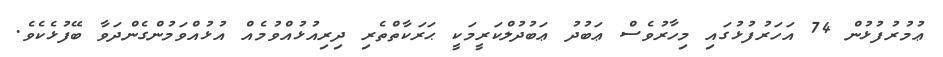
ޢުމުރުފުޅުން 74 އަހަރުފުޅުގައި މިހާރުވެސް ޢަބުދު ޢަބުދުލްކަރީމަކީ ޙަރަކާތްތެރި ދިރިއުޅުއްވުމެއް އުޅުއްވަމުންގެންދަވާ ބޭފުޅެކެވެ.